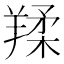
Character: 𦎤